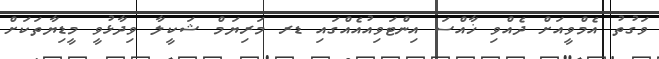
ވަގުތު އެމްވީއަށް ދެއްވި ޚާއްސަ އިންޓަވިއުއެއްގައި ޑރ މަރިޔަމް ޝަކީލާ ވިދާޅުވީ މީޑިޔާތަކަށް